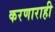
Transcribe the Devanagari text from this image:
करणाराही